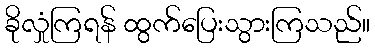
ခိုလှုံကြရန် ထွက်ပြေးသွားကြသည်။